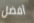
أفضل